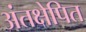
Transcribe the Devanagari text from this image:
अंतक्षेपित